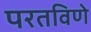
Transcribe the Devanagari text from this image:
परतविणे